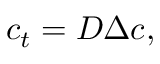
c _ { t } = D \Delta c , \quad